Scientific memoirs by medical officers of the Army of India - Part XII,
Year: 1901
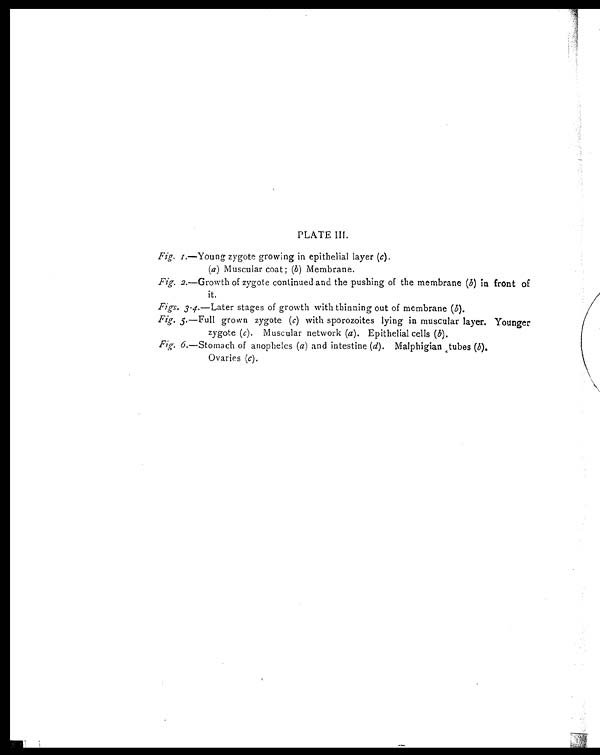
PLATE III.
Fig. 1.—Young zygote growing in epithelial layer ( c) .
(a ) Muscular coat; (b) Membrane.
Fig. 2 .—Growth of zygote continued and the pushing of the membrane ( b ) in front of
it,
Figs. 3-4 .—Later stages of growth with thinning out of membrane ( b).
Fig. 5 .—Full grown zygote ( c) with sporozoites lying in muscular layer. Younger
zygote ( c). Muscular network ( a ). Epithelial cells ( b) .
Fig. 6.—Stomach of anopheles (a) and intestine (d). Malphigian tubes (b).
Ovaries (c).